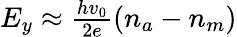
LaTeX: \begin{array}{r}{E_{y}\approx{\frac{hv_{0}}{2e}}(n_{a}-n_{m})}\end{array}